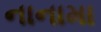
નાનામા